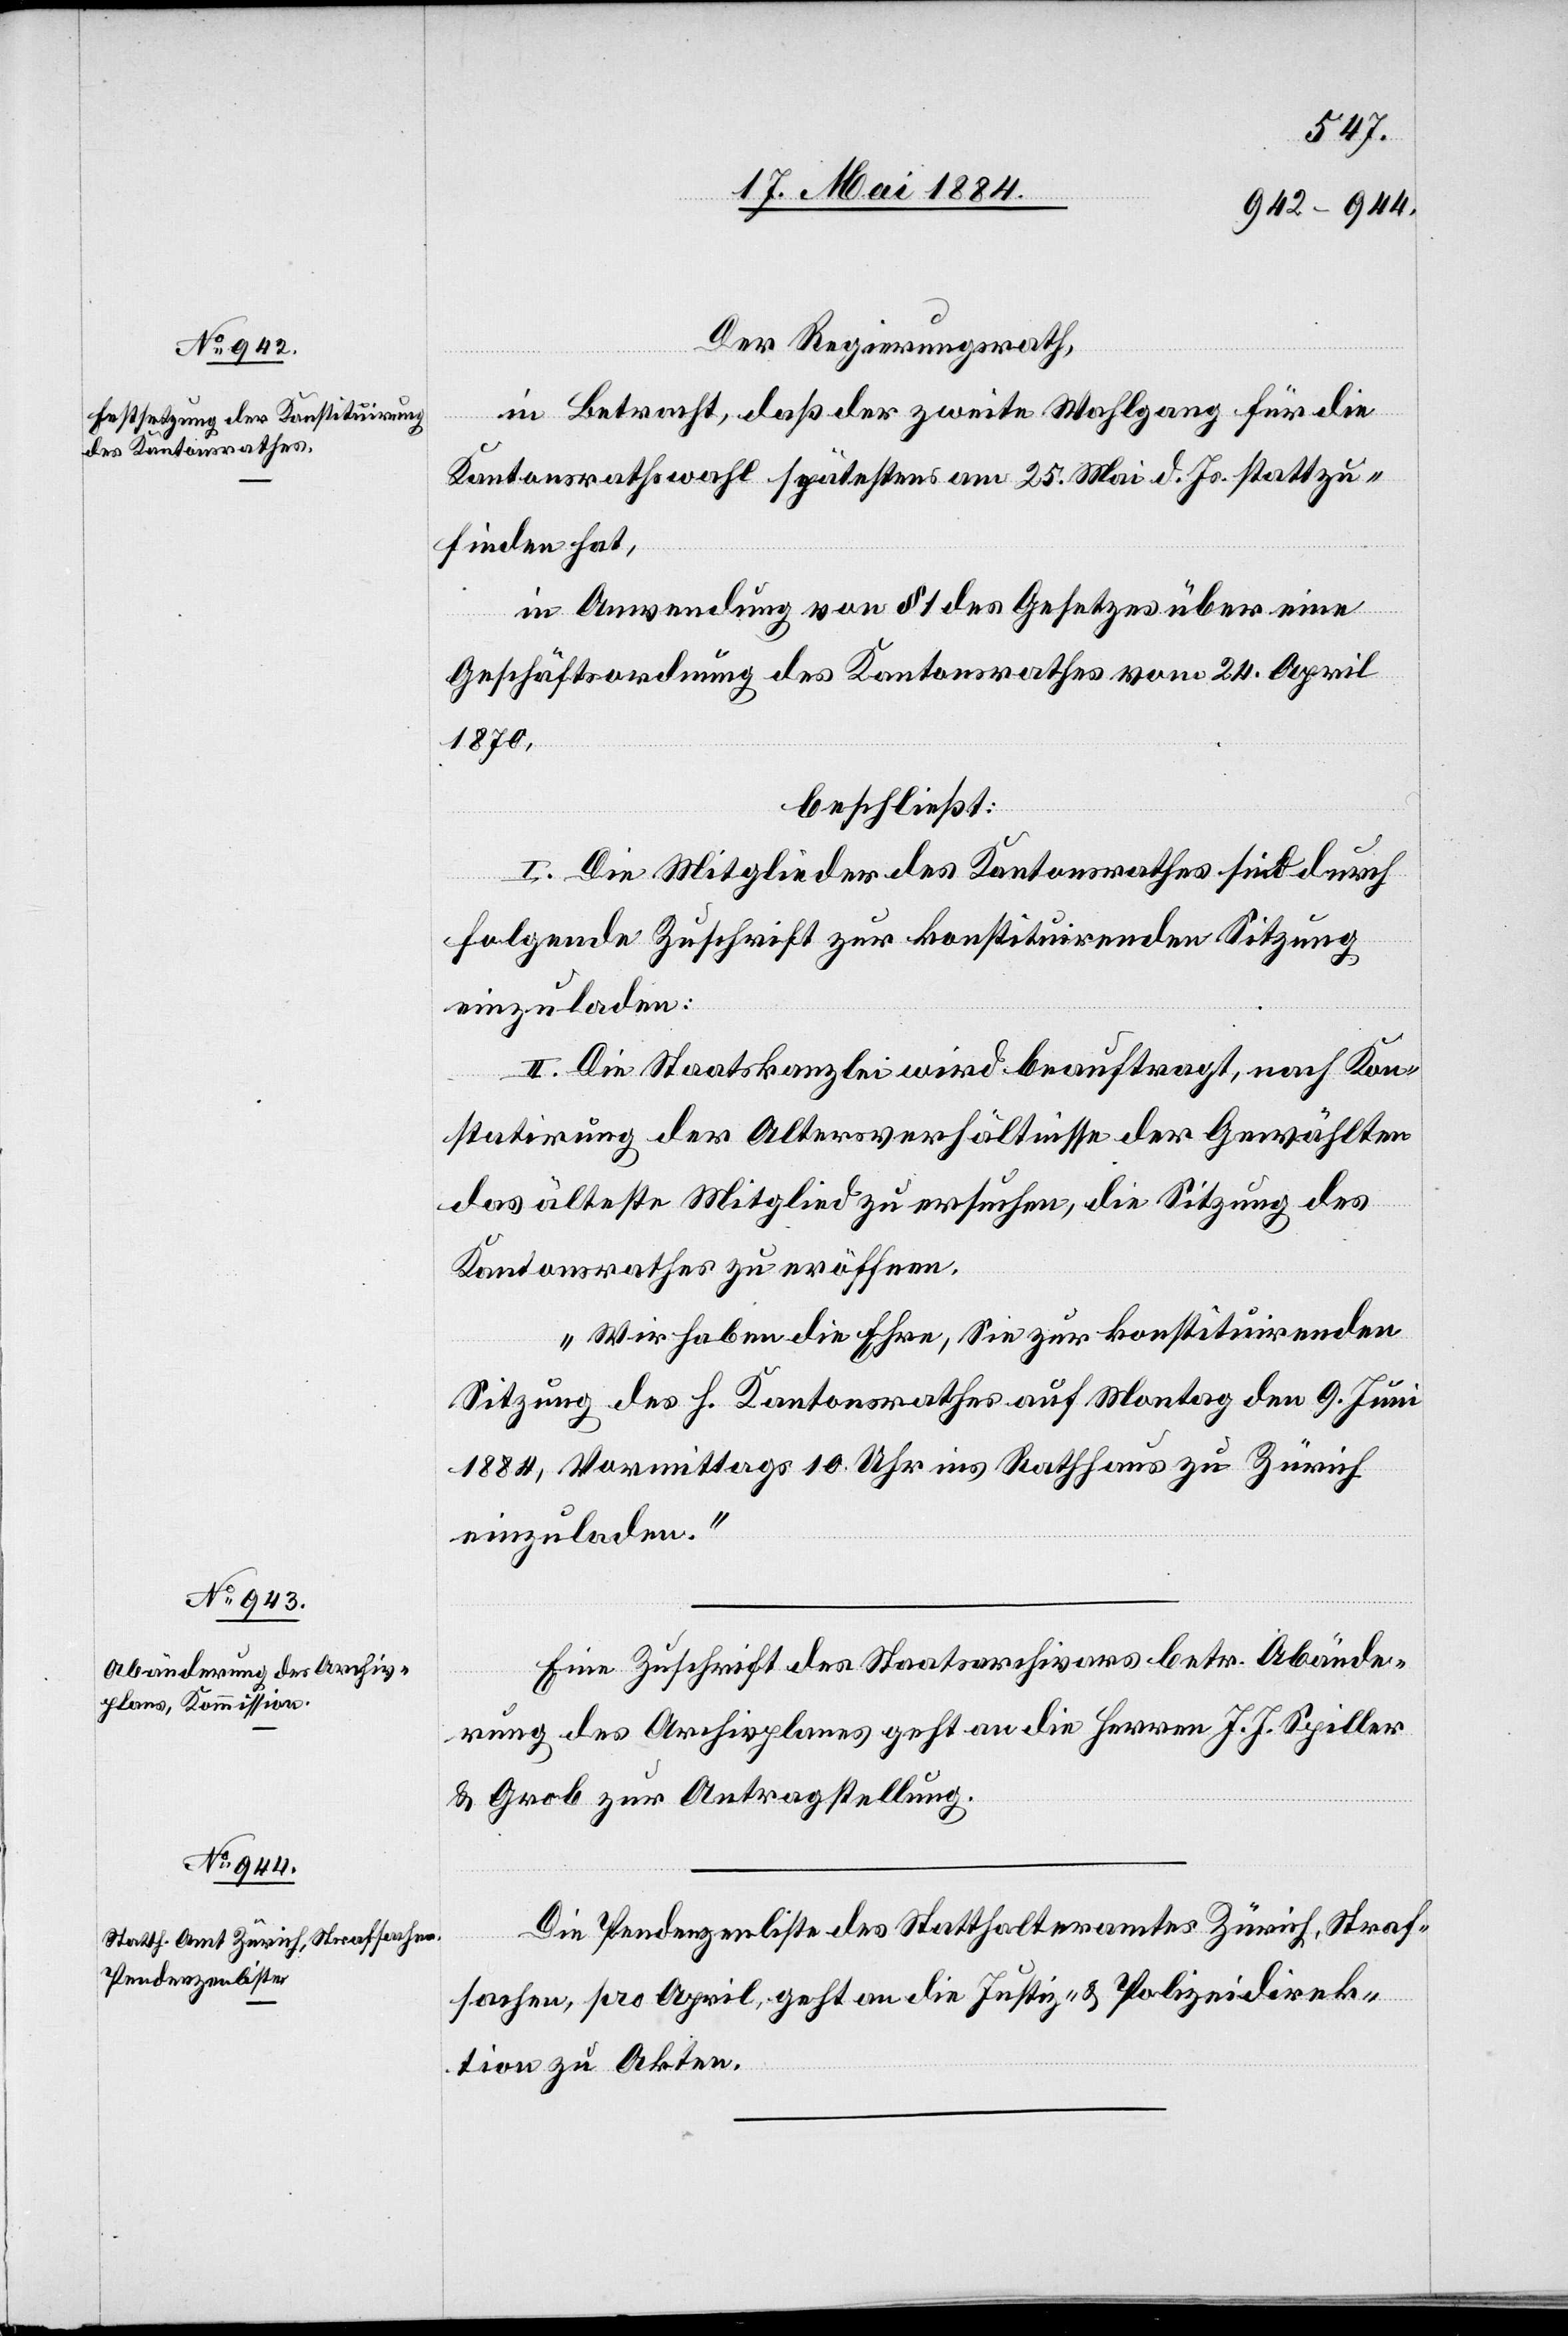
Der Regierungsrath,
in Betracht, daß der zweite Wahlgang für die
Kantonsrathswahl spätestens am 25. Mai d. Js. stattzu¬
finden hat,
in Anwendung von § 1 des Gesetzes über eine
Geschäftsordnung des Kantonsrathes vom 24. April
1870,
beschließt:
I. Die Mitglieder des Kantonsrathes sind durch
folgende Zuschrift zur konstituirenden Sitzung
einzuladen:
II. Die Staatskanzlei wird beauftragt, nach Kon¬
statirung der Altersverhältnisse der Gewählten
das älteste Mitglied zu suchen, die Sitzung des
Kantonsrathes zu eröffnen.
„Wir haben die Ehre, Sie zur konstituirenden
Sitzung des h. Kantonsrathes auf Montag den 9. Juni
1884, Vormittags 10 Uhr ins Rathaus Zürich
einzuladen.“
Eine Zuschrift des Staatarchivars betr. Abände¬
rung des Archivplanes geht an die Herren J. J. Spiller
& Grob zur Antragstellung.
Die Pendenzenliste des Statthalteramtes Zürich, Straf¬
sachen, pro April, geht an die Justiz- & Polizeidirek¬
tion zu Akten.